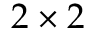
2 \times 2